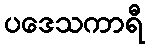
ပဒေသကာရီ